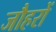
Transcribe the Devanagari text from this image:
जौहरों